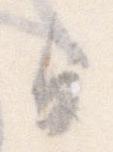
日